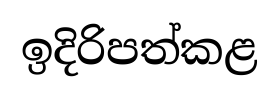
ඉදිරිපත්කළ